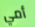
أمي